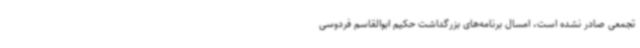
تجمعی صادر نشده است، امسال برنامه‌های بزرگداشت حکیم ابوالقاسم فردوسی